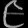
Digit: ၉